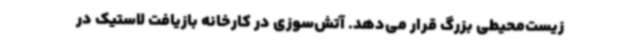
زیست‌محیطی بزرگ قرار می‌دهد. آتش‌سوزی در کارخانه بازیافت لاستیک در